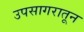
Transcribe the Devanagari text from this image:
उपसागरातून